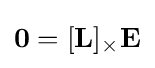
\mathbf {0} =[\mathbf {L} ]_{\times }\mathbf {E}